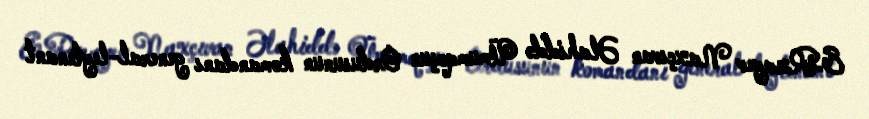
E.Rzayev Naxçıvan Əlahiddə Ümumqoşun Ordusunun komandanı general-leytenant